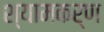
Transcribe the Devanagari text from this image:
श्यामकर्ण